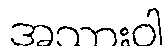
အသားဝါ